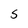
Character: S